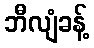
ဘီလျံခန့်